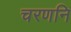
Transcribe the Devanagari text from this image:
चरणनि